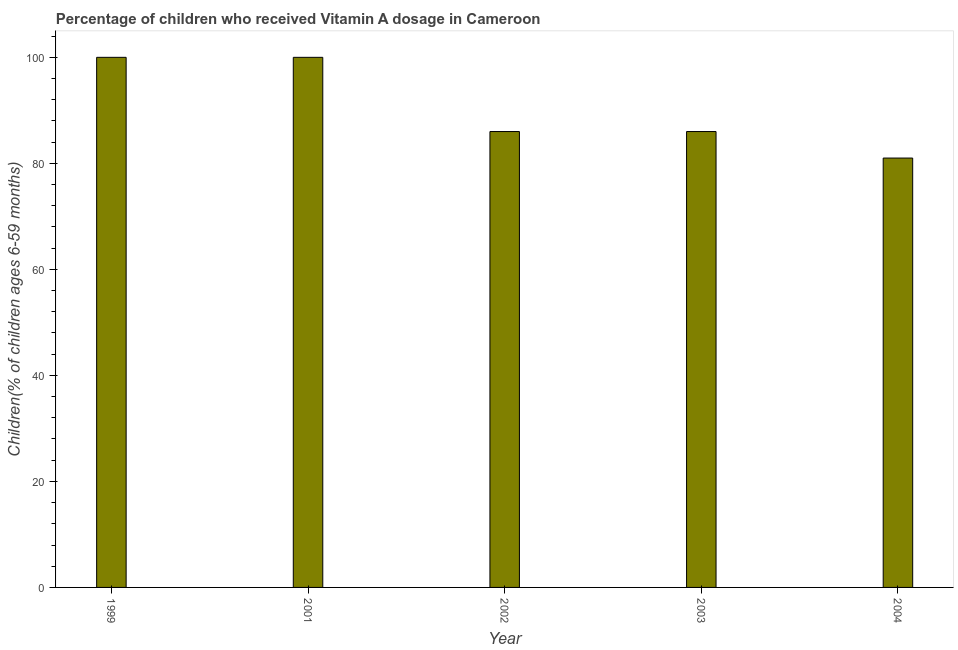
| Year | Vitamin A supplementation coverage rate  |
 | --- | --- |
 | 1999 | 100 |
 | 2001 | 100 |
 | 2002 | 86 |
 | 2003 | 86 |
 | 2004 | 81 |